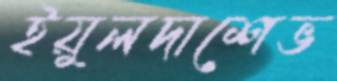
ইয়ুলদাশেভ